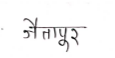
मजकूर: जैतापूर